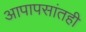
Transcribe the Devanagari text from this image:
आपापसांतही